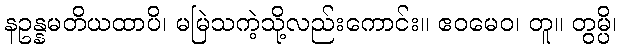
နဥန္နမတိယထာပိ၊ မမြဲသကဲ့သို့လည်းကောင်း။ ဧဝမေဝ၊ တူ။ တွမ္ပိ၊